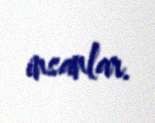
insanlar.